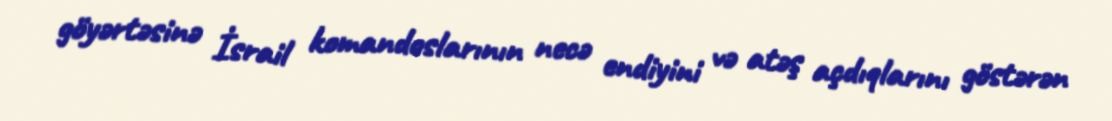
göyərtəsinə İsrail komandoslarının necə endiyini və atəş açdıqlarını göstərən